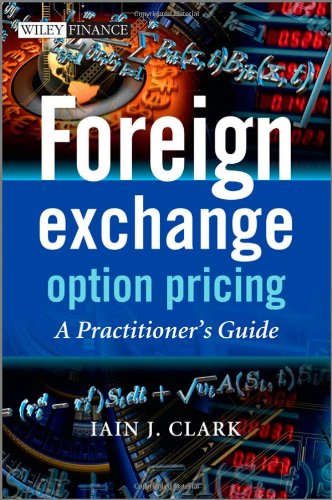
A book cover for Foreign Exchange Option Pricing: A Practitioner's Guide; Iain J. Clark; Business & Money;